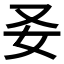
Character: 𡚩